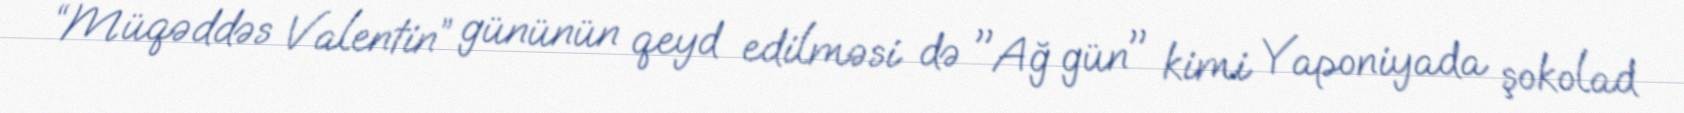
“Müqəddəs Valentin” gününün qeyd edilməsi də "Ağ gün" kimi Yaponiyada şokolad